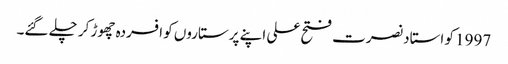
1997 کو استاد نصرت فتح علی اپنے پرستاروں کو افسردہ چھوڑ کر چلے گئے۔